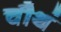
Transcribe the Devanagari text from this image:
चौथं